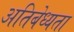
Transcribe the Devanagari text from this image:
अतिबेध्यता